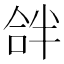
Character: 𠵵